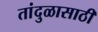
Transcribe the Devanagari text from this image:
तांदुळासाठी